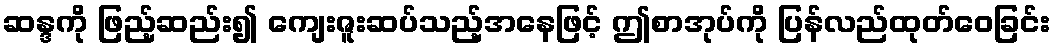
ဆန္ဒကို ဖြည့်ဆည်း၍ ကျေးဇူးဆပ်သည့်အနေဖြင့် ဤစာအုပ်ကို ပြန်လည်ထုတ်ဝေခြင်း